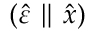
( \hat { \varepsilon } \parallel \hat { x } )